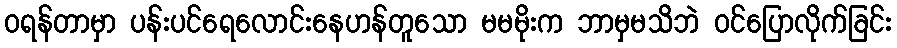
ဝရန်တာမှာ ပန်းပင်ရေလောင်းနေဟန်တူသော မမမိုးက ဘာမှမသိဘဲ ဝင်ပြောလိုက်ခြင်း